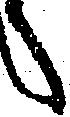
々